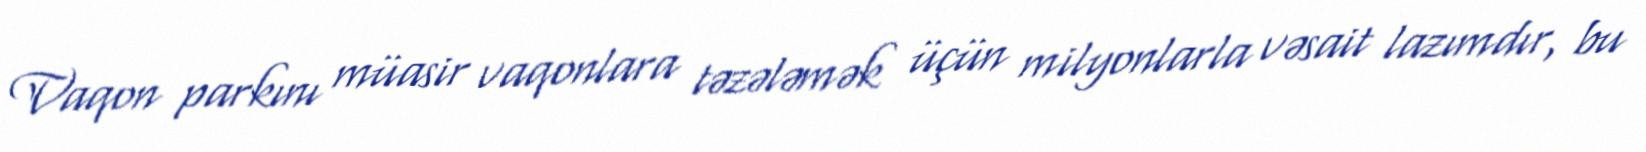
Vaqon parkını müasir vaqonlara təzələmək üçün milyonlarla vəsait lazımdır, bu